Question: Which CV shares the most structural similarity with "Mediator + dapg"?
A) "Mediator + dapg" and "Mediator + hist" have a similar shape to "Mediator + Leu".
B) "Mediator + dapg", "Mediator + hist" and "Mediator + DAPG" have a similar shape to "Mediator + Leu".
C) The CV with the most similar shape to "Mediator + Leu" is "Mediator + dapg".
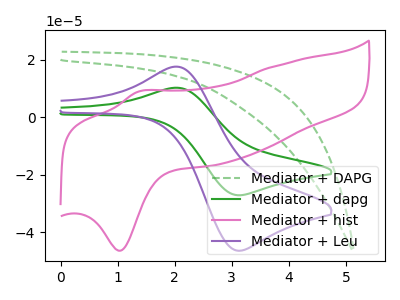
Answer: <think>The green dashed curve "Mediator + DAPG" has no peaks. The green curve "Mediator + dapg" has an anodic peak at (2.05V, 10.25uA) and a cathodic peak at (3.10V, -27.05uA). The pink curve "Mediator + hist" has an anodic peak at (1.35V, 8.90uA) and a cathodic peak at (1.05V, -46.35uA). The purple curve "Mediator + Leu" has an anodic peak at (2.05V, 17.55uA) and a cathodic peak at (3.10V, -46.35uA).
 "Mediator + DAPG" and "Mediator + dapg" have a different number of peaks. "Mediator + DAPG" and "Mediator + hist" have a different number of peaks. "Mediator + DAPG" and "Mediator + Leu" have a different number of peaks. "Mediator + dapg" and "Mediator + hist" have at least one peak that do not match. All the peaks in "Mediator + dapg" have a peak in "Mediator + Leu" at the same potential. Every peak in "Mediator + dapg" is lower than every peak in "Mediator + Leu". "Mediator + hist" and "Mediator + Leu" have at least one peak that do not match.</think>
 <answer>C) The CV with the most similar shape to "Mediator + Leu" is "Mediator + dapg".</answer>
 <eval>C</eval>